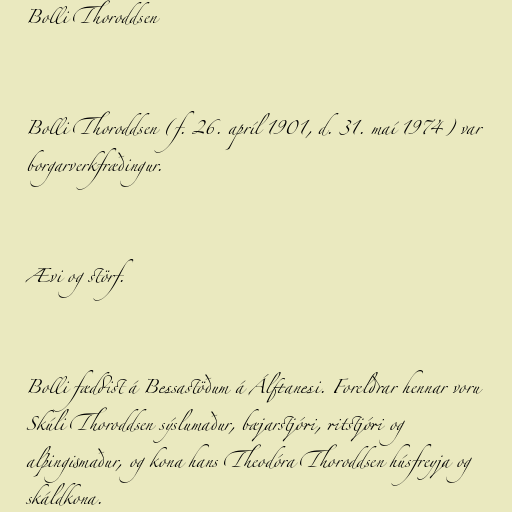
Bolli Thoroddsen

Bolli Thoroddsen (f. 26. apríl 1901, d. 31. maí 1974) var
borgarverkfræðingur.

Ævi og störf.

Bolli fæddist á Bessastöðum á Álftanesi. Foreldrar hennar voru
Skúli Thoroddsen sýslumaður, bæjarstjóri, ritstjóri og
alþingismaður, og kona hans Theodóra Thoroddsen húsfreyja og
skáldkona.